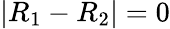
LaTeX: |R_{1}-R_{2}|=0